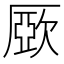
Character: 𣣾